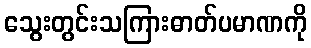
သွေးတွင်းသကြားဓာတ်ပမာဏကို